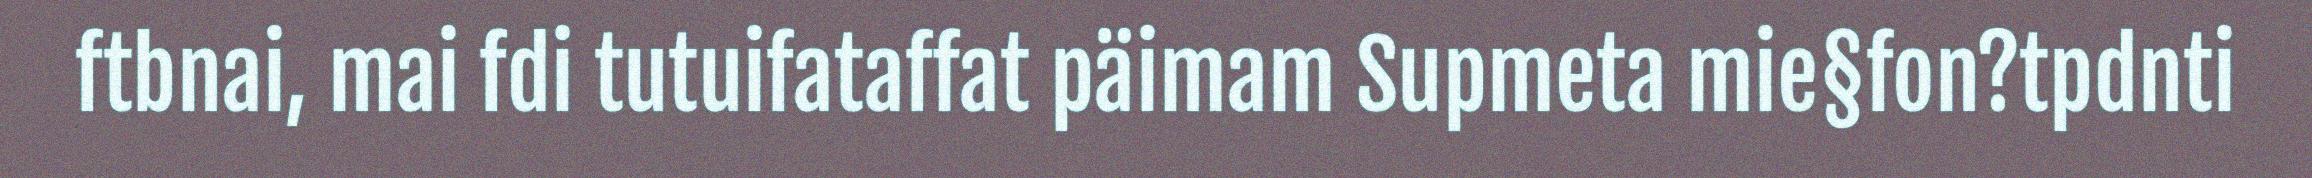
ftbnai, mai fdi tutuifataffat päimam Supmeta mie§fon?tpdnti